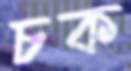
চক